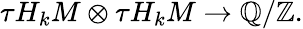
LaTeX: \tau H_{k}M\otimes\tau H_{k}M\to\mathbb{Q}/\mathbb{Z}.